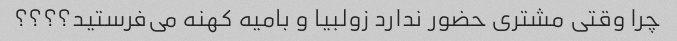
چرا وقتی مشتری حضور ندارد زولبیا و بامیه کهنه می‌فرستید؟؟؟؟